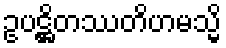
ဥပဋ္ဌိတဿတိဟမသ္မိ